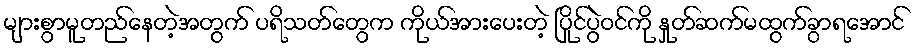
များစွာမူတည်နေတဲ့အတွက် ပရိသတ်တွေက ကိုယ်အားပေးတဲ့ ပြိုင်ပွဲဝင်ကို နှုတ်ဆက်မထွက်ခွာရအောင်